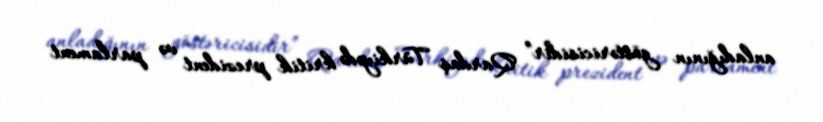
anladığının göstəricisidir” Qardaş Türkiyədə kritik prezident və parlament